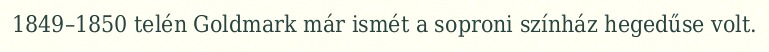
1849–1850 telén Goldmark már ismét a soproni színház hegedűse volt.